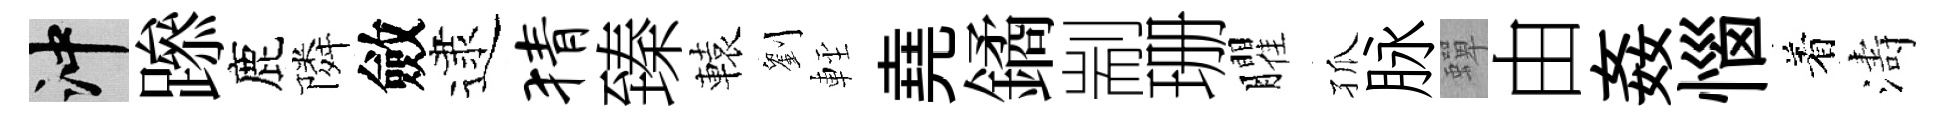
冲𨅶鹿隣斂逮猜臻轅劉䡖堯鐍剬珊臞孤脉蟬由姦惱着濤